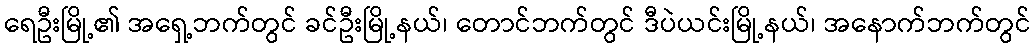
ရေဦးမြို့၏ အရှေ့ဘက်တွင် ခင်ဦးမြို့နယ်၊ တောင်ဘက်တွင် ဒီပဲယင်းမြို့နယ်၊ အနောက်ဘက်တွင်